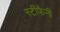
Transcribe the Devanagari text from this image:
स्टीफैनी